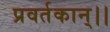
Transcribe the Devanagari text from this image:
प्रवर्तकान्।।